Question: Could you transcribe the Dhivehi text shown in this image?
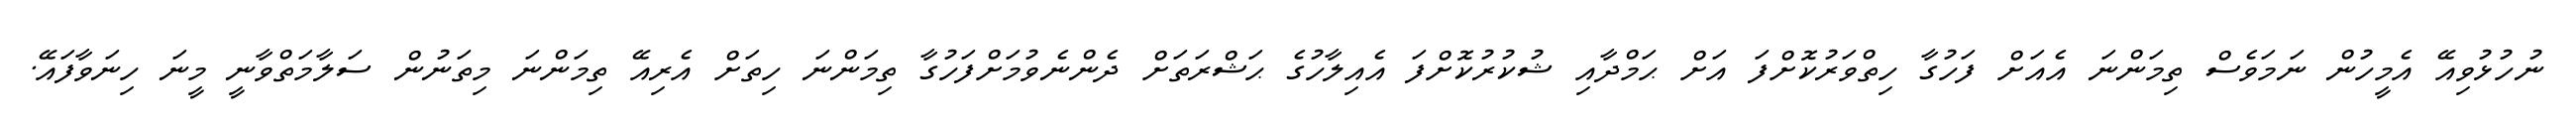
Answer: ނުހުޅުވިއޭ އެމީހުން ނަމަވެސް ތިމަންނަ އެއަށް ފަހުގާ ހިތްވަރުކޮށްފަ އަށް ޙަމްދާއި ޝުކުރުކޮށްފަ އެއިލާހުގެ ޙަޝްރަތަށް ދެންނެވުމަށްފަހުގާ ތިމަންނަ ހިތަށް އެރިއޭ ތިމަންނަ މިތަނުން ސަލާމަތްވާނީ މީނަ ހިނަވާފައޭ.